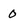
Character: 0